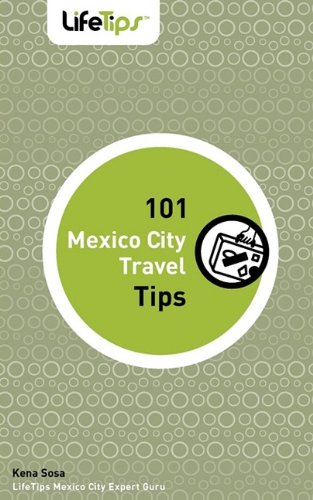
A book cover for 101 Mexico City Travel Tips; Kena Sosa; Travel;